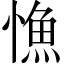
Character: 𢠐